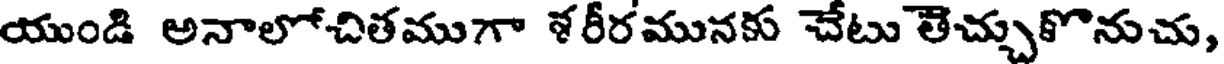
యుండి అనాలోచితముగా శరీరమునకు చేటు తెచ్చుకొనుచు,